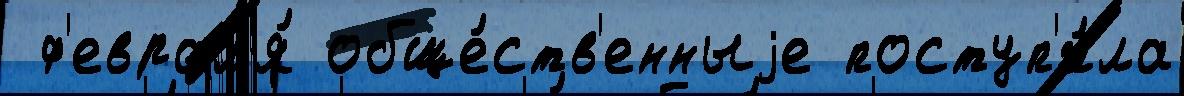
 ф'еврал'я́ обще́ств'енныjе поступ'и́ла